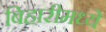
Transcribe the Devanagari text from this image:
बिहारीमध्ये